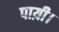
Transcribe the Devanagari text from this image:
पाय़ी।